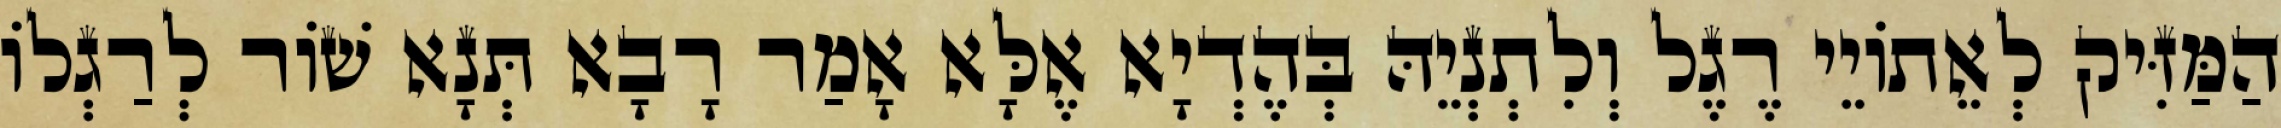
הַמַּזִּיק לְאֵתוֹיֵי רֶגֶל וְלִתְנְיֵהּ בְּהֶדְיָא אֶלָּא אָמַר רָבָא תְּנָא שׁוֹר לְרַגְלוֹ